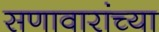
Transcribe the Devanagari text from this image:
सणावारांच्या